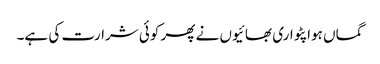
گماں ہوا پٹواری بھائیوں نے پھر کوئی شرارت کی ہے۔